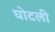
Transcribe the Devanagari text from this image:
घोटली